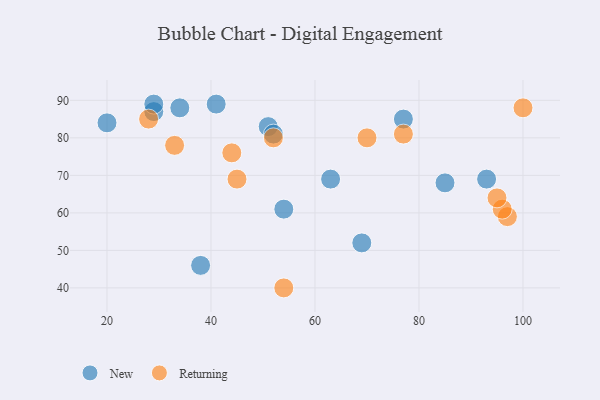
{"axis": {"x": "GDP", "y": "Life Expectancy"}, "legend": ["New", "Returning"], "data": [{"x": "38", "y": 46, "type": "New"}, {"x": "54", "y": 61, "type": "New"}, {"x": "63", "y": 69, "type": "New"}, {"x": "29", "y": 87, "type": "New"}, {"x": "69", "y": 52, "type": "New"}, {"x": "85", "y": 68, "type": "New"}, {"x": "93", "y": 69, "type": "New"}, {"x": "34", "y": 88, "type": "New"}, {"x": "77", "y": 85, "type": "New"}, {"x": "29", "y": 89, "type": "New"}, {"x": "41", "y": 89, "type": "New"}, {"x": "20", "y": 84, "type": "New"}, {"x": "51", "y": 83, "type": "New"}, {"x": "52", "y": 81, "type": "New"}, {"x": "28", "y": 85, "type": "Returning"}, {"x": "97", "y": 59, "type": "Returning"}, {"x": "96", "y": 61, "type": "Returning"}, {"x": "100", "y": 88, "type": "Returning"}, {"x": "77", "y": 81, "type": "Returning"}, {"x": "44", "y": 76, "type": "Returning"}, {"x": "54", "y": 40, "type": "Returning"}, {"x": "95", "y": 64, "type": "Returning"}, {"x": "33", "y": 78, "type": "Returning"}, {"x": "70", "y": 80, "type": "Returning"}, {"x": "52", "y": 80, "type": "Returning"}, {"x": "45", "y": 69, "type": "Returning"}]}